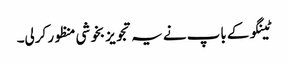
ٹینگو کے باپ نے یہ تجویز بخوشی منظور کرلی۔